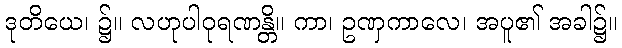
ဒုတိယေ၊ ၌။ လဟုပါဝုရဏန္တိ။ ကာ၊ ဥဏှကာလေ၊ အပူ၏ အခါ၌။